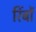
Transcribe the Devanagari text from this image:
रिंबों